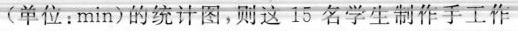
(单位：min)的统计图，则这15名学生制作手工作